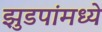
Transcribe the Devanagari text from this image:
झुडपांमध्ये